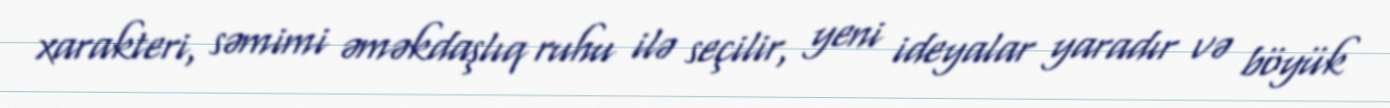
xarakteri, səmimi əməkdaşlıq ruhu ilə seçilir, yeni ideyalar yaradır və böyük